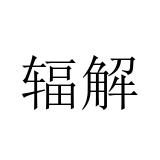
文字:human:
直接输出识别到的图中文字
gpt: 辐解